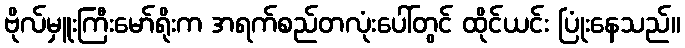
ဗိုလ်မှူးကြီးမော်ရိုးက အရက်စည်တလုံးပေါ်တွင် ထိုင်ယင်း ပြုံးနေသည်။